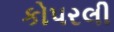
કોપરલી